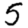
Digit: 5